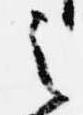
之